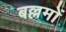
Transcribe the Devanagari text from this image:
बल्लमों